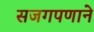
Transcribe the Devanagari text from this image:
सजगपणाने